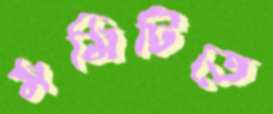
মমিটিতে